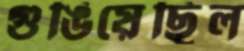
গুঙিয়েছিল